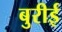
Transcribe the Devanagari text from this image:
बुरीई